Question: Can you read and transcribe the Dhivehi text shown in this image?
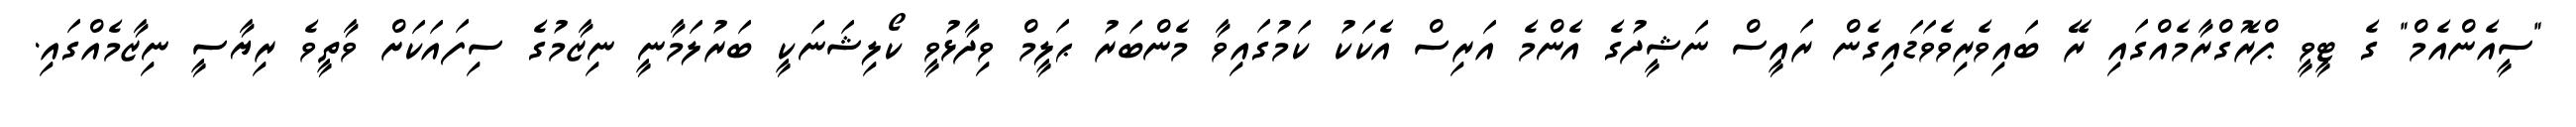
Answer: "ސީއެންއެމް" ގެ ޓީވީ ޕްރޮގްރާމެއްގައި ރޭ ބައިވެރިވެވަޑައިގެން ރައީސް ނަޝީދުގެ އެންމެ އަރިސް އެކަކު ކަމުގައިވާ މެންބަރު ޙަލީމް ވިދާޅުވީ ކޯލިޝަނަކީ ބަރުލަމާނީ ނިޒާމުގެ ސިފައަކަށް ވާތީވެ ރިޔާސީ ނިޒާމެއްގައި.